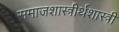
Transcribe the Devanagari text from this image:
समाजशास्त्रीर्थशास्त्री